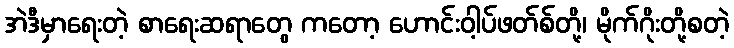
အဲဒီမှာရေးတဲ့ စာရေးဆရာတွေ ကတော့ ဟောင်းဝါ့ပ်ဖတ်စ်တို့၊ မိုက်ဂိုးတို့စတဲ့